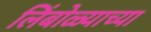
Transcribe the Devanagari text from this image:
लिंबोळ्याच्या